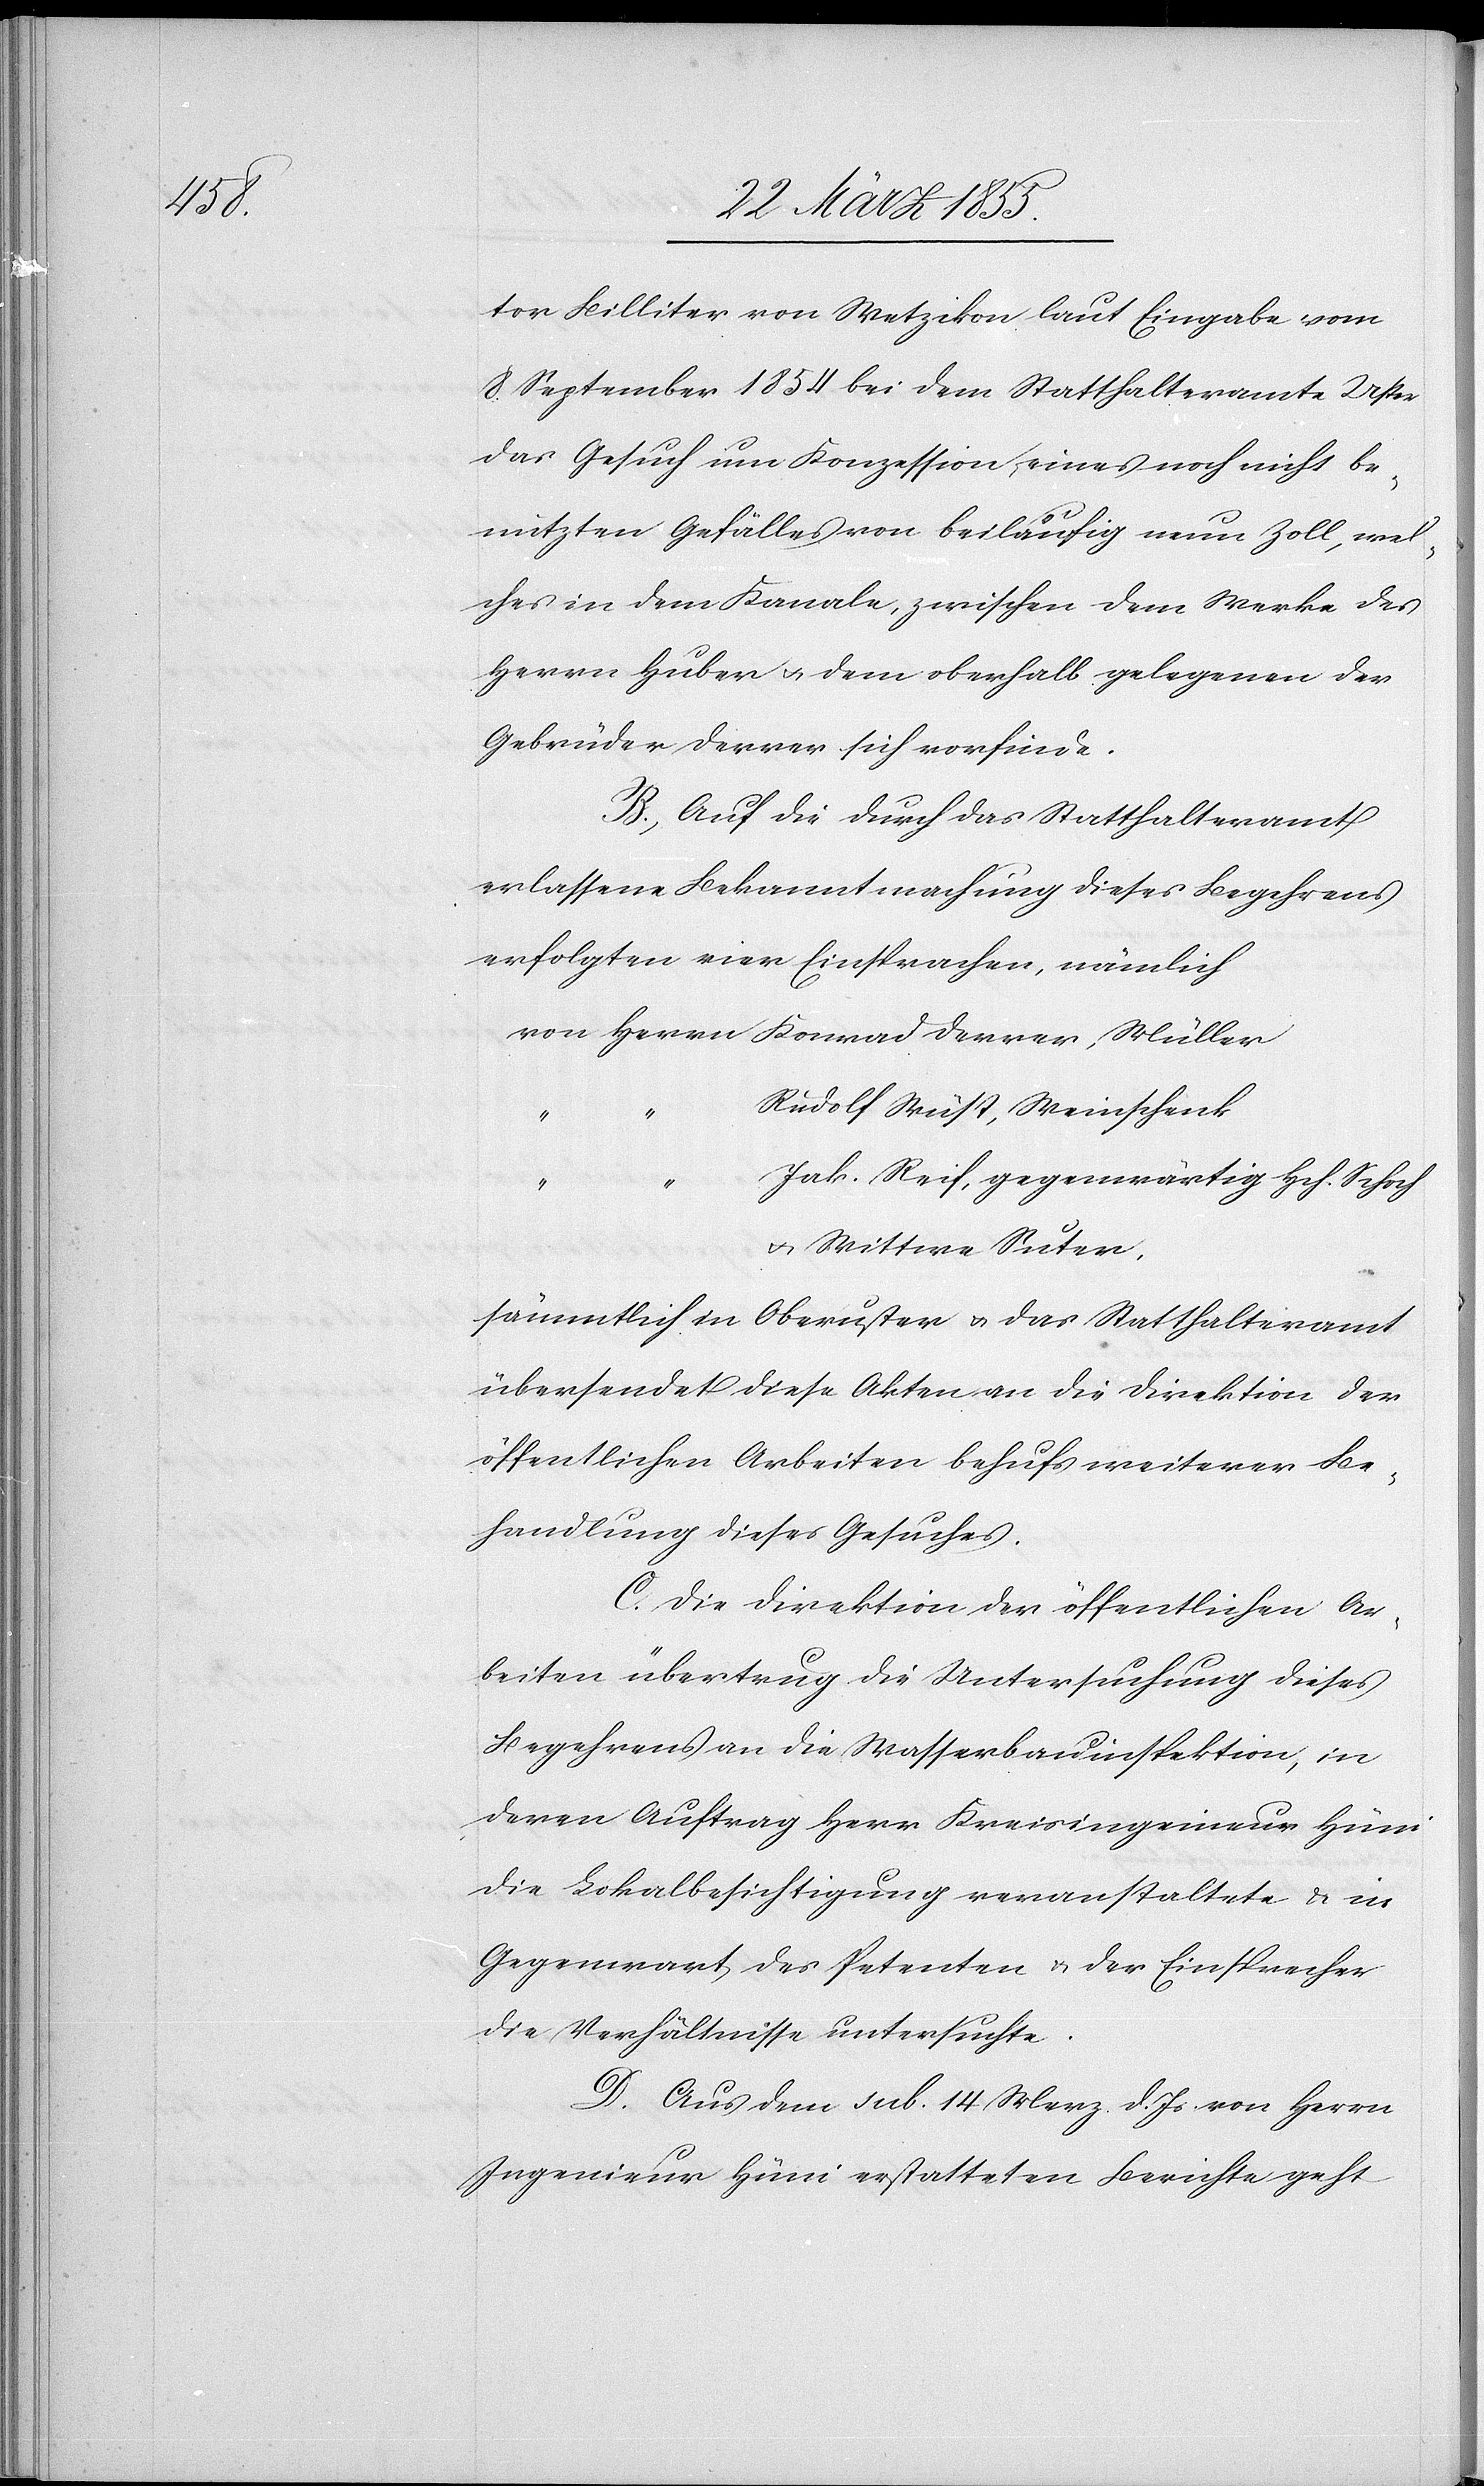
tor Billiter von Wetzikon laut Eingabe vom
8. September 1854 bei dem Statthalteramte Uster
das Gesuch um Konzession eines noch nicht be¬
nutzten Gefälles von beiläufig neun Zoll, wel¬
ches in dem Kanale, zwischen dem Werke des
Herrn Huber & dem oberhalb gelegenen der
Gebrüder Derrer sich vorfinde.
B, Auf die durch das Statthalteramt
erlassene Bekanntmachung dieses Begehrens
erfolgten vier Einsprachen, nämlich
Rudolf Wüst, Weinschenk
Jak. Reif, gegenwärtig Hch. Schoch
Müller
& Wittwe Suter,
sämmtlich in Oberuster & das Statthalteramt
übersendet diese Akten an die Direktion der
öffentlichen Arbeiten behufs weiterer Be¬
handlung dieses Gesuches.
C. Die Direktion der öffentlichen Ar¬
beiten übertrug die Untersuchung dieses
Begehrens an die Wasserbauinspektion, in
deren Auftrag Herr Kreisingenieur Hüni
die Lokalbesichtigung veranstaltete & in
Gegenwart des Petenten & der Einsprecher
die Verhältnisse untersuchte.
D. Aus dem sub. 14 Merz d. Js von Herrn
Ingenieur Hüni erstatteten Berichte geht